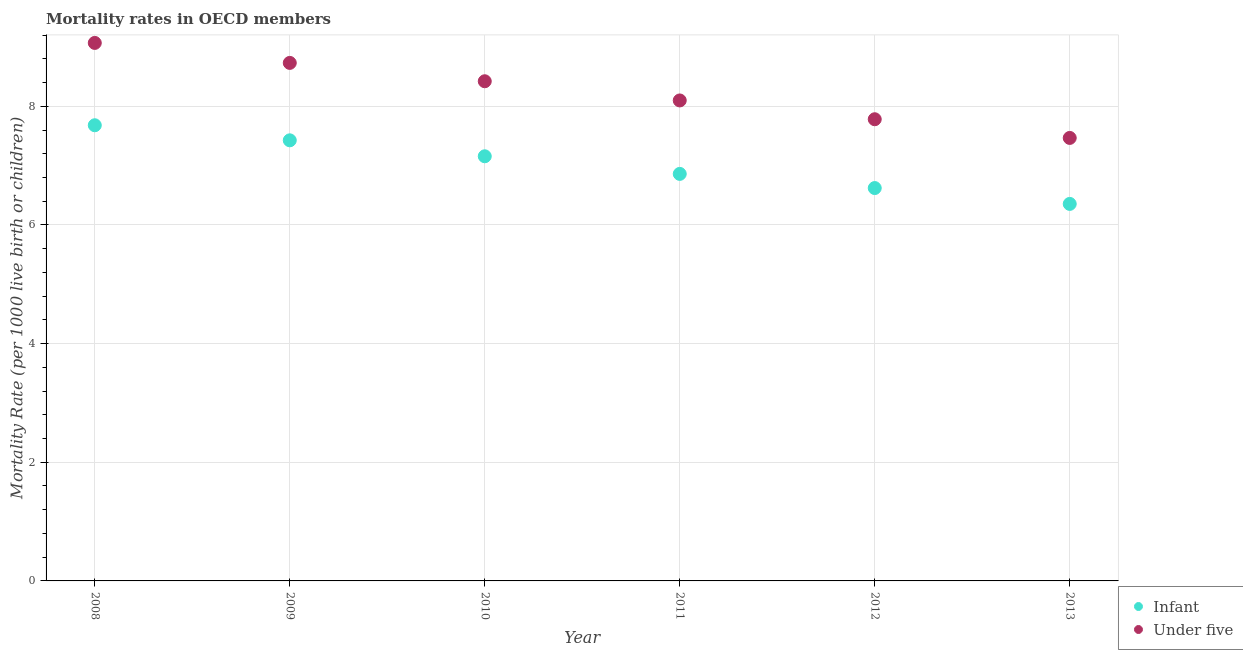
| Year | Infant | Under five |
 | --- | --- | --- |
 | 2008 | 7.68 | 9.07 |
 | 2009 | 7.43 | 8.73 |
 | 2010 | 7.16 | 8.42 |
 | 2011 | 6.86 | 8.1 |
 | 2012 | 6.62 | 7.78 |
 | 2013 | 6.35 | 7.47 |